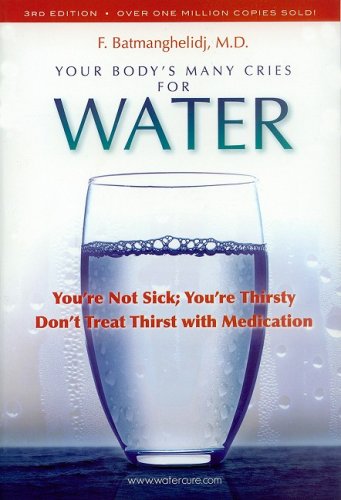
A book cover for Your Body's Many Cries for Water; F. Batmanghelidj; Health, Fitness & Dieting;